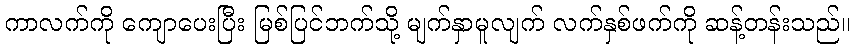
ကာလက်ကို ကျောပေးပြီး မြစ်ပြင်ဘက်သို့ မျက်နှာမူလျက် လက်နှစ်ဖက်ကို ဆန့်တန်းသည်။